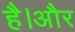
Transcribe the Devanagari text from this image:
है।अौर